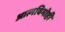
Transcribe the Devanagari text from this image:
आत्मविमोही